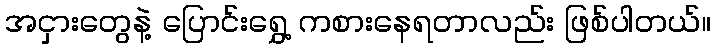
အငှားတွေနဲ့ ပြောင်းရွှေ့ ကစားနေရတာလည်း ဖြစ်ပါတယ်။